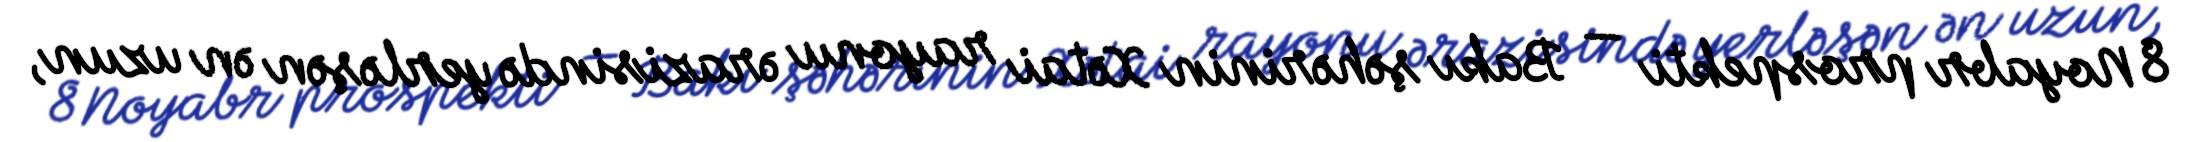
8 Noyabr prospekti — Bakı şəhərinin Xətai rayonu ərazisində yerləşən ən uzun,